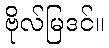
ဗိုလ်မြဒင်။